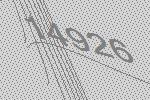
14926